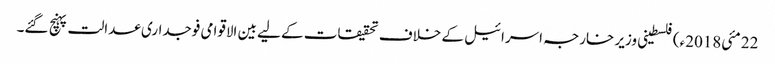
22 مئی2018ء) فلسطینی وزیر خارجہ اسرائیل کے خلاف تحقیقات کے لیے بین الاقوامی فوجداری عدالت پہنچ گئے۔